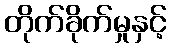
တိုက်ခိုက်မှုနှင့်